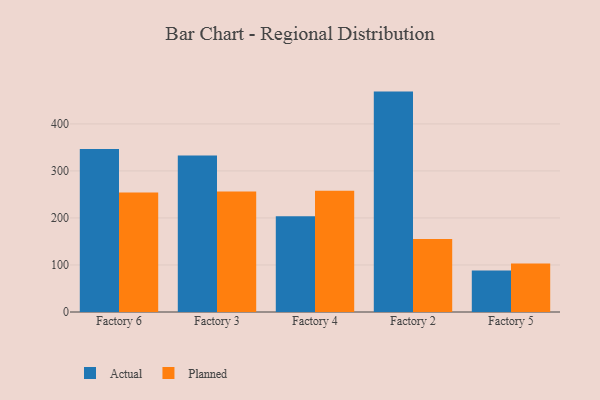
{"axis": {"x": "Factory", "y": "Energy Usage (MWh)"}, "legend": ["Actual", "Planned"], "data": [{"x": "Factory 6", "y": 346.5, "type": "Actual"}, {"x": "Factory 6", "y": 254.2, "type": "Planned"}, {"x": "Factory 3", "y": 332.6, "type": "Actual"}, {"x": "Factory 3", "y": 256.3, "type": "Planned"}, {"x": "Factory 4", "y": 203.4, "type": "Actual"}, {"x": "Factory 4", "y": 257.8, "type": "Planned"}, {"x": "Factory 2", "y": 468.7, "type": "Actual"}, {"x": "Factory 2", "y": 155.0, "type": "Planned"}, {"x": "Factory 5", "y": 88.3, "type": "Actual"}, {"x": "Factory 5", "y": 103.4, "type": "Planned"}]}